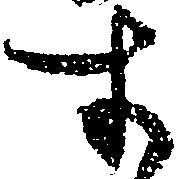
す